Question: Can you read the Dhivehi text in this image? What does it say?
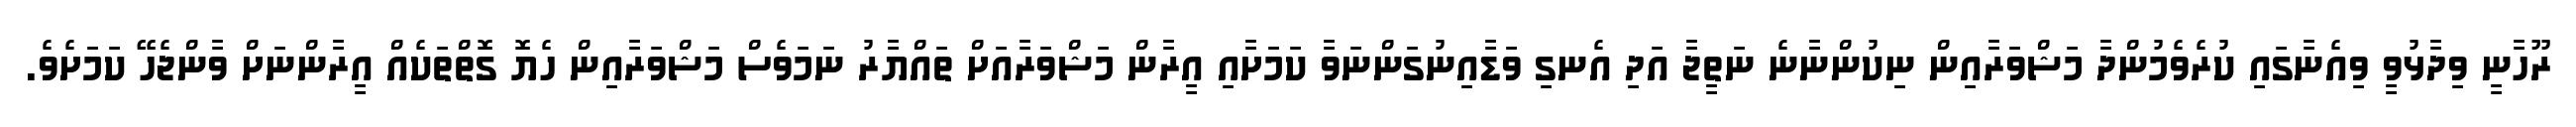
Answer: ރޫހާނީ ވިދާޅުވީ ވިއެނާގައި ކުރެވެމުންދާ މަޝްވަރާއިން ނިކުންނާނެ ނަތީޖާ އަދި އެނގި ވަޑާއިނުގަންނަވާ ކަމަށާއި އީރާން މަޝްވަރާއަށް ތައްޔާރު ނަމަވެސް މަޝްވަރާއިން ހެޔޮ ގޮތްތަކެއް އީރާންނަށް ވާންޖެހޭ ކަމަށެވެ.